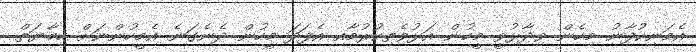
އެމަނިކުފާނު މިހެން ވިދާޅުވީ މީހުން އަޅުވެތިކުރުމާއި އެފަދަ މީހުން ދެނެގަނެ އެމީހުންނަށް ހިމާޔަތް